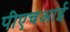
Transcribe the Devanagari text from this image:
पीएचआई